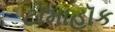
ટોમાહૉક